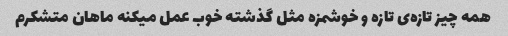
همه چیز تازه‌ی تازه و خوشمزه مثل گذشته خوب عمل میکنه ماهان متشکرم